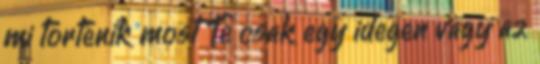
mi történik most Te csak egy idegen vagy az